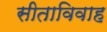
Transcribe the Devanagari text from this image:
सीताविवाह